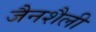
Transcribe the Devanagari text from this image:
जैनशैली